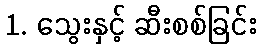
1. သွေးနှင့် ဆီးစစ်ခြင်း